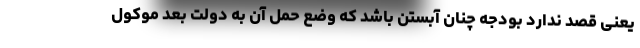
یعنی قصد ندارد بودجه چنان آبستن باشد که وضع حمل آن به دولت بعد موکول